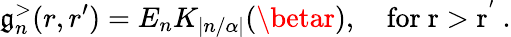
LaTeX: \mathfrak{g}_{n}^{>}(r,r^{\prime})=E_{n}K_{|n/\alpha|}(\betar),\quad\mathrm{{for~r>r^{'}~.}}